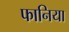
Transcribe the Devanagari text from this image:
फानिया